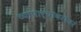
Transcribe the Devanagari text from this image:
व्यापार्‍यांबरोबर